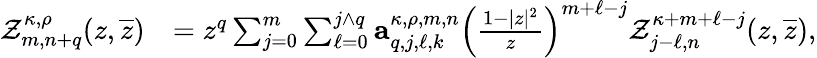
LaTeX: \begin{array}{rl}{\mathcal{Z}_{m,n+q}^{\kappa,\rho}(z,\overline{{z}})}&{=z^{q}\sum_{j=0}^{m}\sum_{\ell=0}^{j\wedge q}\mathbf{a}_{q,j,\ell,k}^{\kappa,\rho,m,n}\left(\frac{1-|z|^{2}}{z}\right)^{m+\ell-j}\mathcal{Z}_{j-\ell,n}^{\kappa+m+\ell-j}(z,\overline{{z}}),}\end{array}